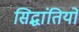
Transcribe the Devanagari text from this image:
सिद्धांतियों